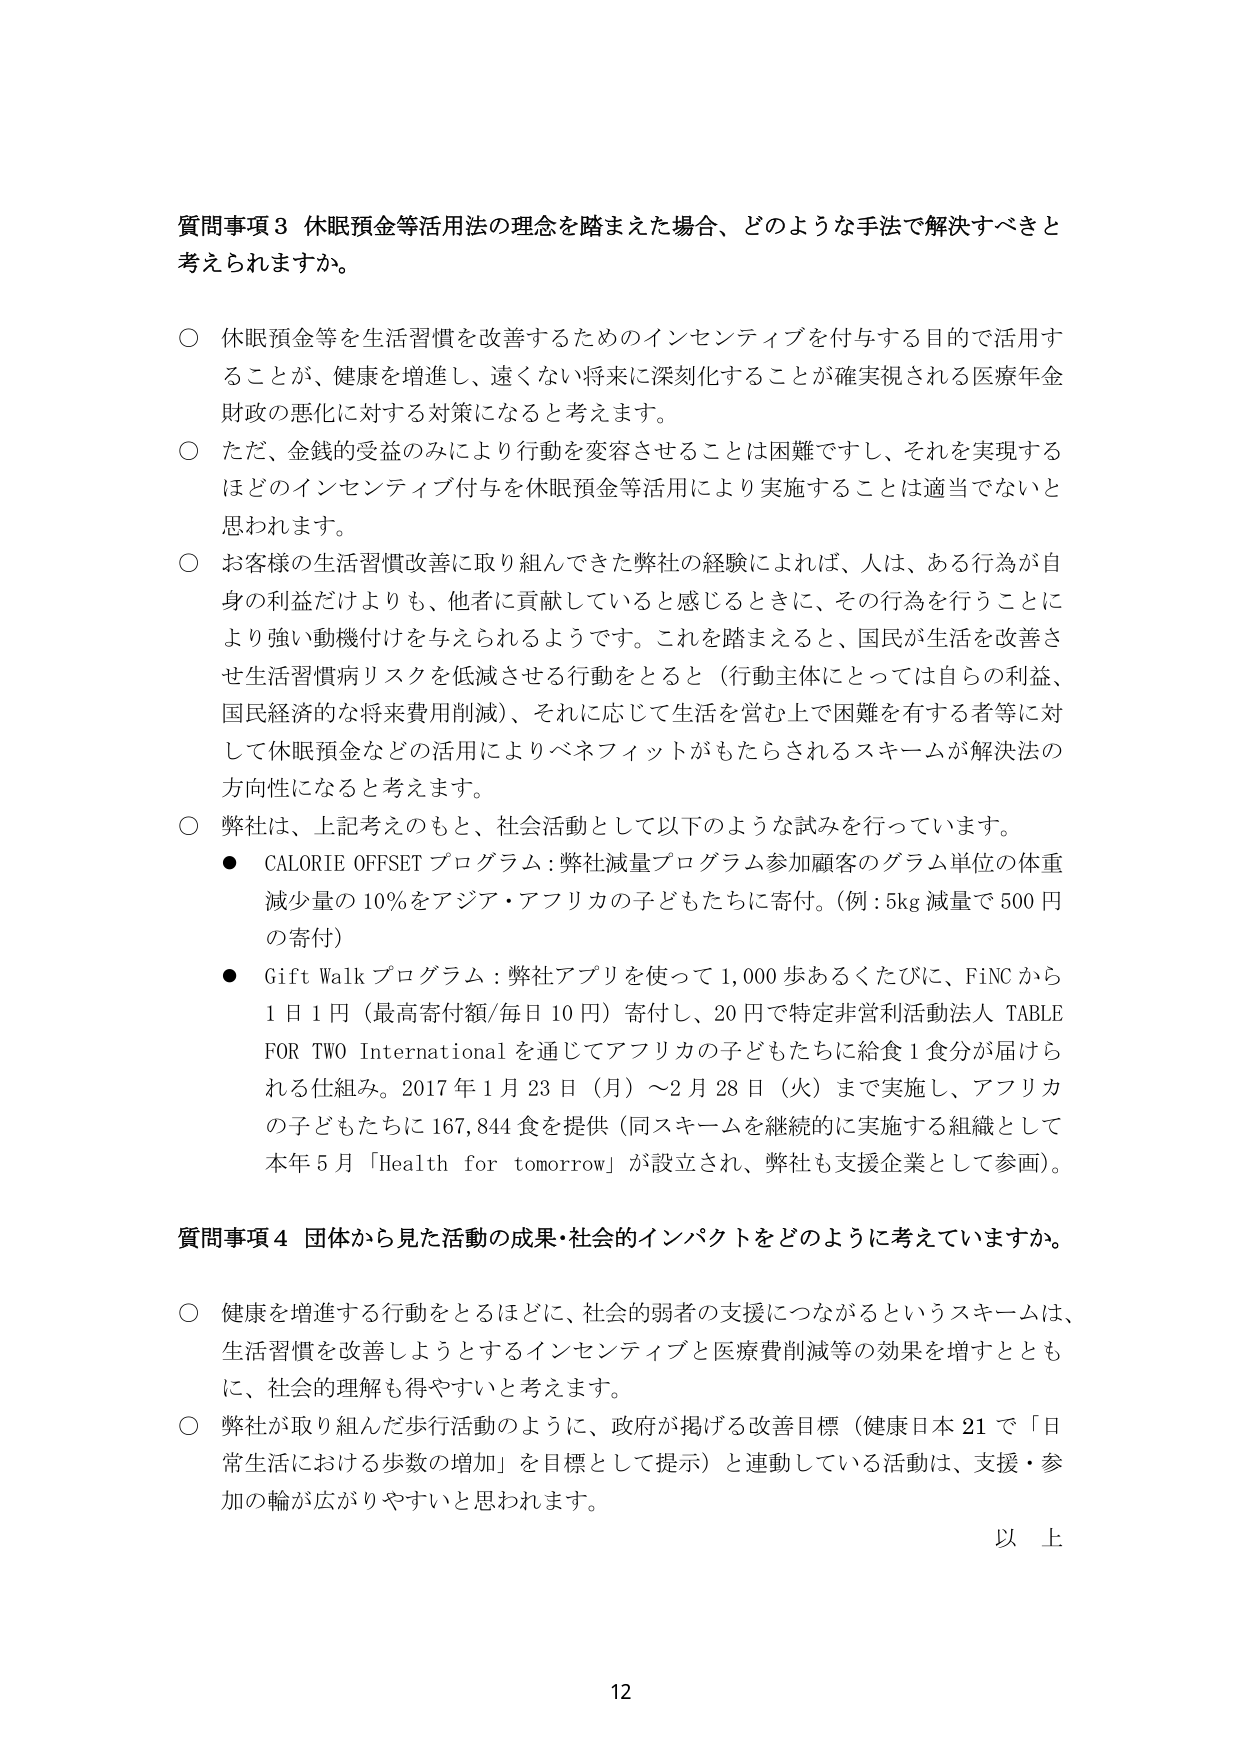
質問事項３ 休眠預金等活用法の理念を踏まえた場合、どのような手法で解決すべきと考えられますか。

○ 休眠預金等を生活習慣を改善するためのインセンティブを付与する目的で活用することが、健康を増進し、遠くない将来に深刻化することが確実視される医療年金財政の悪化に対する対策になると考えます。

○ ただ、金銭的受益のみにより行動を変容させることは困難ですし、それを実現するほどのインセンティブ付与を休眠預金等活用により実施することは適当でないと思われます。

○ お客様の生活習慣改善に取り組んできた弊社の経験によれば、人は、ある行為が自身の利益だけよりも、他者に貢献していると感じるときに、その行為を行うことにより強い動機付けを与えられるようです。これを踏まえると、国民が生活を改善させ生活習慣病リスクを低減させる行動をとると（行動主体にとっては自らの利益、国民経済的な将来費用削減）、それに応じて生活を営む上で困難を有する者等に対して休眠預金などの活用によりベネフィットがもたらされるスキームが解決法の方向性になると考えます。

○ 弊社は、上記考えのもと、社会活動として以下のような試みを行っています。
● CALORIE OFFSET プログラム：弊社減量プログラム参加顧客のグラム単位の体重減少量の10％をアジア・アフリカの子どもたちに寄付。（例：5kg 減量で 500 円の寄付）
● Gift Walk プログラム：弊社アプリを使って1,000 歩あるくたびに、FiNC から1日1円（最高寄付額/毎日10円）寄付し、20円で特定非営利活動法人 TABLE FOR TWO International を通じてアフリカの子どもたちに給食1食分が届けられる仕組み。2017年1月23日（月）～2月28日（火）まで実施し、アフリカの子どもたちに167,844食を提供（同スキームを継続的に実施する組織として本年5月「Health for tomorrow」が設立され、弊社も支援企業として参画）。

質問事項４ 団体から見た活動の成果・社会的インパクトをどのように考えていますか。

○ 健康を増進する行動をとるほどに、社会的弱者の支援につながるというスキームは、生活習慣を改善しようとするインセンティブと医療費削減等の効果を増すとともに、社会的理解も得やすいと考えます。

○ 弊社が取り組んだ歩行活動のように、政府が掲げる改善目標（健康日本21で「日常生活における歩数の増加」を目標として提示）と連動している活動は、支援・参加の輪が広がりやすいと思われます。

以上

12